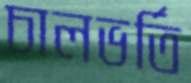
চালভর্তি